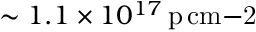
\sim 1 . 1 \times 1 0 ^ { 1 7 } \, \mathrm { p \, c m { - 2 } }